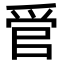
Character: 𬋩